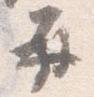
再